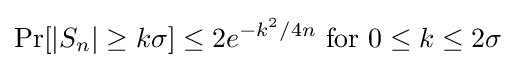
\Pr[|S_{n}|\geq k\sigma ]\leq 2e^{-k^{2}/4n}{\text{ for }}0\leq k\leq 2\sigma